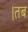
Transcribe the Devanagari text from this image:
।तब